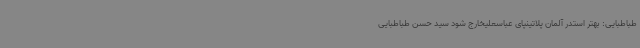
طباطبایی: بهتر استدر آلمان پلاتینپای عباسعلیخارج شود سید حسن طباطبایی